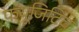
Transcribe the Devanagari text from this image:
फयूजिटिव